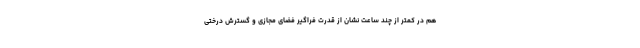
هم در کمتر از چند ساعت نشان از قدرت فراگیر فضای مجازی و گسترش درختی